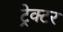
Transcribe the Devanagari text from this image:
ट्रेक्‍टर